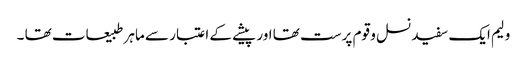
ولیم ایک سفید نسل و قوم پرست تھا اور پیشے کے اعتبار سے ماہر طبیعات تھا ۔